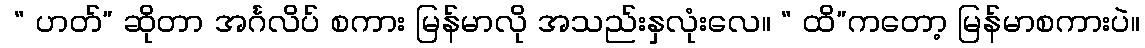
 “ ဟတ်” ဆိုတာ အင်္ဂလိပ် စကား မြန်မာလို အသည်းနှလုံးလေ။ “ ထိ”ကတော့ မြန်မာစကားပဲ။